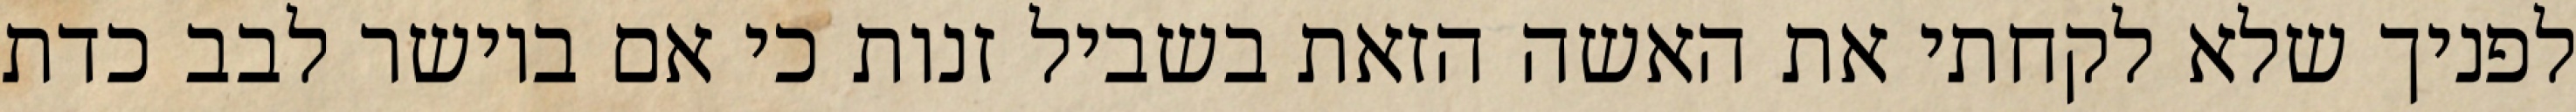
לפניך שלא לקחתי את האשה הזאת בשביל זנות כי אם ביושר לבב כדת